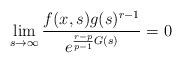
LaTeX: \begin{align*}\lim_{s \to \infty} \frac{f(x,s)g(s)^{r-1}}{e^{\frac{r-p}{p-1} G(s)}} =0\end{align*}